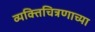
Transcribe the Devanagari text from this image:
व्यक्तिचित्रणाच्या